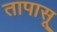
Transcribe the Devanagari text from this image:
तापासू